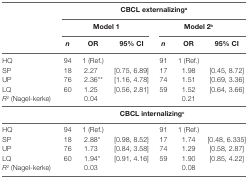
<table><thead><tr><td></td><td colspan="6"><b>CBCL externalizing<sup>a</sup></b></td></tr><tr><td></td><td colspan="3"><b>Model 1</b></td><td colspan="3"><b>Model 2<sup>b</sup></b></td></tr><tr><td></td><td><b><i>n</i></b></td><td><b>OR</b></td><td><b>95% CI</b></td><td><b><i>n</i></b></td><td><b>OR</b></td><td><b>95% CI</b></td></tr></thead><tbody><tr><td>HQ</td><td>94</td><td>1 (Ref.)</td><td></td><td>91</td><td>1 (Ref.)</td><td></td></tr><tr><td>SP</td><td>18</td><td>2.27</td><td>[0.75, 6.89]</td><td>17</td><td>1.98</td><td>[0.45, 8.72]</td></tr><tr><td>UP</td><td>76</td><td>2.36**</td><td>[1.16, 4.78]</td><td>74</td><td>1.51</td><td>[0.69, 3.36]</td></tr><tr><td>LQ</td><td>60</td><td>1.25</td><td>[0.56, 2.81]</td><td>59</td><td>1.52</td><td>[0.64, 3.66]</td></tr><tr><td><i>R<sup>2</sup></i> (Nagel-kerke)</td><td></td><td>0.04</td><td></td><td></td><td>0.21</td><td></td></tr><tr><td colspan="7"><b>CBCL internalizing<sup>c</sup></b></td></tr><tr><td>HQ</td><td>94</td><td>1 (Ref.)</td><td></td><td>91</td><td>1 (Ref.)</td><td></td></tr><tr><td>SP</td><td>18</td><td>2.88*</td><td>[0.98, 8.52]</td><td>17</td><td>1.74</td><td>[0.48, 6.335]</td></tr><tr><td>UP</td><td>76</td><td>1.73</td><td>[0.84, 3.58]</td><td>74</td><td>1.29</td><td>[0.58, 2.87]</td></tr><tr><td>LQ</td><td>60</td><td>1.94*</td><td>[0.91, 4.16]</td><td>59</td><td>1.90</td><td>[0.85, 4.22]</td></tr><tr><td><i>R<sup>2</sup></i> (Nagel-kerke)</td><td></td><td>0.03</td><td></td><td></td><td>0.08</td><td></td></tr></tbody></table>